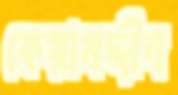
কেয়ামদ্দীন